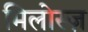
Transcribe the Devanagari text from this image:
मिलोस्ज़